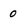
Character: 0